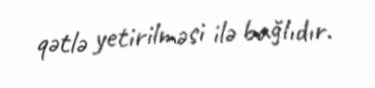
qətlə yetirilməsi ilə bağlıdır.